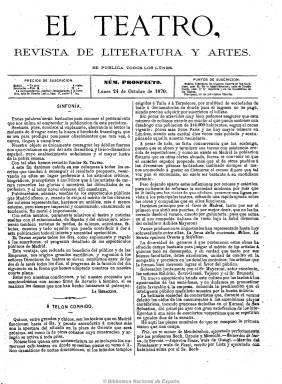
Título: El Teatro (Madrid. 1870)
Colección: Teatro
Ámbito geográfico: Madrid
Lugar de publicación: Madrid
Fechas: 24/10/1870-19/01/1871

Aunque su subtítulo indica genéricamente “revista de literatura y artes”, es una publicación semanal dedicada preferentemente al arte dramático y lírico-dramático, con artículos críticos, biográficos y analíticos, reseñas de espectáculos públicos, revistas de salones y noticias sueltas y anecdóticas, preferentemente de la actividad escénica en Madrid, pero también de las demás ciudades españolas y otras extranjeras, y con algún texto literario en verso o prosa.

Empezó apareciendo, en entregas de cuatro páginas, estampadas a dos y, después a tres columnas, cuando aumenta su formato, cada lunes, después los miércoles e, incluso, sin determinar día de la semana, pero también editó, como suplemento diario, la programación de espectáculos públicos en Madrid, que, asimismo, daba cuenta en sus primeros números en su última plana, que después dedicará a anuncios publicitarios.

En ese momento existían, sin contar los numerosos café-teatros y salones, una quincena de establecimientos en la ciudad de Madrid dedicados exclusivamente al teatro y otras actividades escénicas. La publicación se estructura en secciones fijas, como Revista de la semana, Correo teatral, Entre bastidores y Entreactos. Su fundador, propietario y director fue A. Muro Goiri, tuvo como administrador a Juan Larrey y José Sarmiento aparece en su mancheta como agente general de teatros.

Publica su primera entrega el 24 de octubre de 1870, apareciendo esta como “prospecto”, y después de editar la del 19 de enero de 1871, es absorbido por el también semanario madrileño El Entreacto, que asimismo forma parte de la colección de la Biblioteca Nacional de España, y que había aparecido el tres de diciembre de 1870, dirigido por Gustavo Adolfo Béquer hasta pocos días antes de su fallecimiento ese mismo mes.